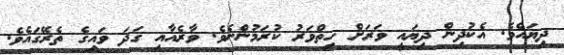
ދިޔައެވެ. އެކުދިން ދިޔައީ ވަރަށް ހިތްވަރު ކުރަމުންނެވެ. ވާރެއާއި ގަދަ ވައިގެ ތެރޭގައެވެ.